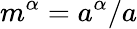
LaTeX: m^{\alpha}=a^{\alpha}/a